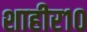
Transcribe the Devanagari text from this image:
शाहीर१०